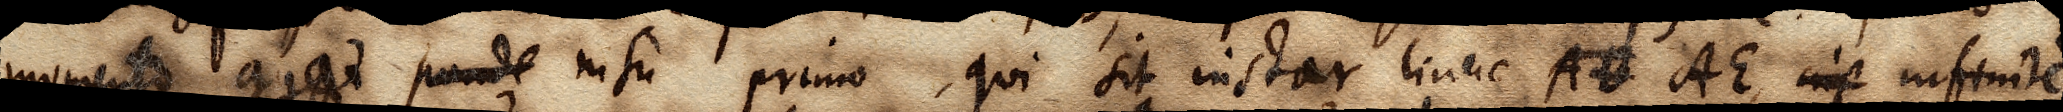
momento agat ponde nisu primo, qui sit instar lineae AB AE, cup infinite